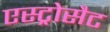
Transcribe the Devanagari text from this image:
एस्ट्रोसैट